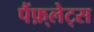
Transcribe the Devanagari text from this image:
पैंफ़्लेट्स